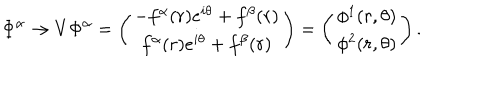
LaTeX: \Phi ^ { \alpha } \rightarrow V \Phi ^ { \alpha } = \left( \begin{array} { c } { { - f ^ { \alpha } ( r ) e ^ { i \theta } + f ^ { \beta } ( r ) } } \\ { { f ^ { \alpha } ( r ) e ^ { i \theta } + f ^ { \beta } ( r ) } } \\ \end{array} \right) = \left( \begin{array} { c } { { \phi ^ { 1 } ( r , \theta ) } } \\ { { \phi ^ { 2 } ( r , \theta ) } } \\ \end{array} \right) .